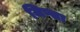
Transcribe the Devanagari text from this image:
जिप्सा